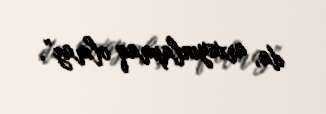
da, arxayınlaşmaq olmaz”.